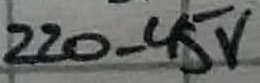
Text: 220-45V